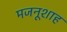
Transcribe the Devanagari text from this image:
मजनूशाह